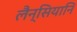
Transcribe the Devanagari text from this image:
लैन्सियानि